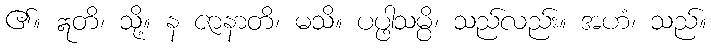
၏။ ဣတိ၊ သို့။ န ဇာနာတိ၊ မသိ။ ပပ္ဖါသမ္ပိ၊ သည်လည်း။ အဟံ၊ သည်။